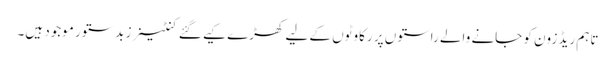
تاہم ریڈ زون کو جانے والے راستوں پر رکاوٹوں کے لیے کھڑے کیے گئے کنٹینرز بدستور موجود ہیں۔